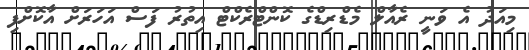
މިއަދު އެ ވަނީ ރެއާލް މެޑްރިޑްގެ ކޮންޓްރެކްޓް އިތުރު ފަސް އަހަރަށް އާކޮށްފި